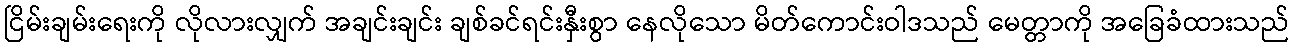
ငြိမ်းချမ်းရေးကို လိုလားလျှက် အချင်းချင်း ချစ်ခင်ရင်းနှီးစွာ နေလိုသော မိတ်ကောင်းဝါဒသည် မေတ္တာကို အခြေခံထားသည်